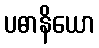
ပဓာနိယော